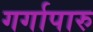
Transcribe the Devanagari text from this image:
गर्गापारु